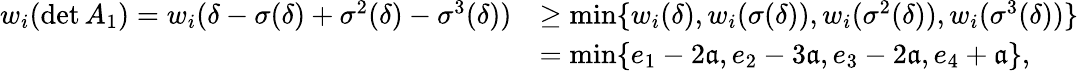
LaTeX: \begin{array}{rl}{w_{i}(\operatorname*{det}A_{1})=w_{i}(\delta-\sigma(\delta)+\sigma^{2}(\delta)-\sigma^{3}(\delta))}&{\geq\operatorname*{min}\{ w_{i}(\delta),w_{i}(\sigma(\delta)),w_{i}(\sigma^{2}(\delta)),w_{i}(\sigma^{3}(\delta))\} }\\ &{=\operatorname*{min}\{ e_{1}-2{\mathfrak a},e_{2}-3{\mathfrak a},e_{3}-2{\mathfrak a},e_{4}+{\mathfrak a}\} ,}\end{array}